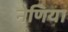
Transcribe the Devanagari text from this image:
नेणिया